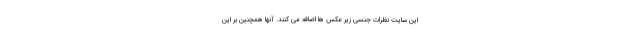
این سایت نظرات جنسی زیر عکس ها اضافه می کنند. آنها همچنین بر این